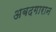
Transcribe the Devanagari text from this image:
अबदगारान